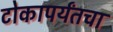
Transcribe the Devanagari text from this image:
टोकापर्यंतचा